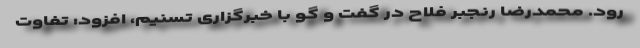
رود. محمدرضا رنجبر فلاح در گفت و گو با خبرگزاری تسنیم، افزود: تفاوت